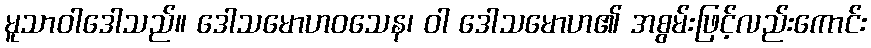
မူသာဝါဒေါသည်။ ဒေါသမောဟဝသေန၊ ဝါ ဒေါသမောဟ၏ အစွမ်းဖြင့်လည်းကောင်း